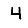
Digit: 4